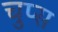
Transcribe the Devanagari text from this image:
चुप्स